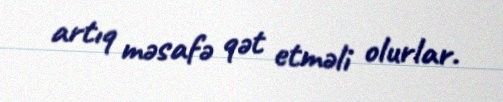
artıq məsafə qət etməli olurlar.